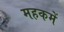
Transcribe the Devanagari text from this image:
महकमें